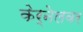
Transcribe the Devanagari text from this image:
केर्नेलवर